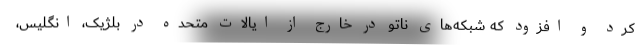
کرد و افزود که شبکه‌های ناتو در خارج از ایالات متحده در بلژیک، انگلیس،